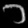
Digit: ၁